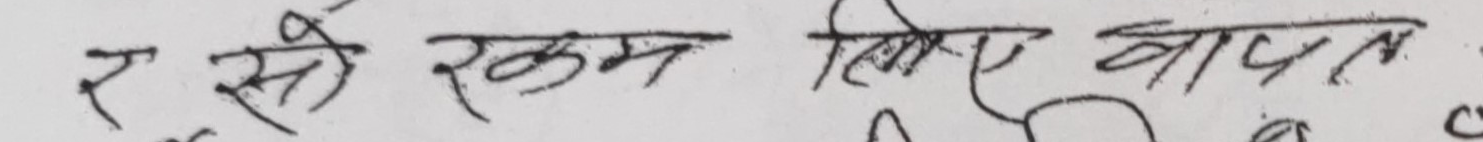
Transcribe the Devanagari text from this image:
र से रकम लिए वायत